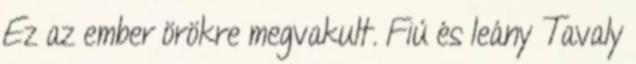
Ez az ember örökre megvakult. Fiú és leány Tavaly